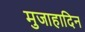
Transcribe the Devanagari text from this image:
मुजाहादिन